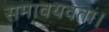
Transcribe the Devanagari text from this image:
समावयवता।